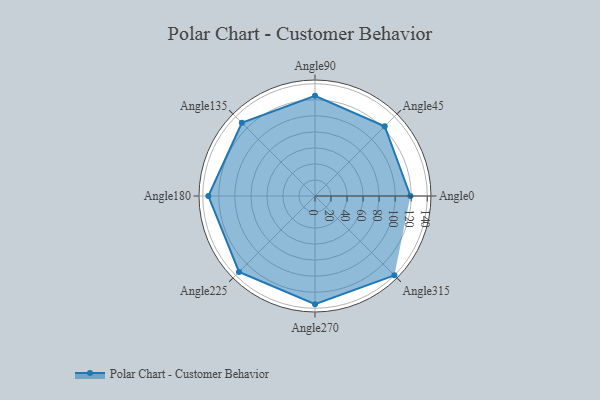
{"axis": {"x": "Angle", "y": "Radius"}, "legend": [""], "data": [{"x": "Angle0", "y": 119.0, "type": ""}, {"x": "Angle45", "y": 123.0, "type": ""}, {"x": "Angle90", "y": 125.0, "type": ""}, {"x": "Angle135", "y": 129.0, "type": ""}, {"x": "Angle180", "y": 133.0, "type": ""}, {"x": "Angle225", "y": 134.0, "type": ""}, {"x": "Angle270", "y": 135.0, "type": ""}, {"x": "Angle315", "y": 140.0, "type": ""}]}